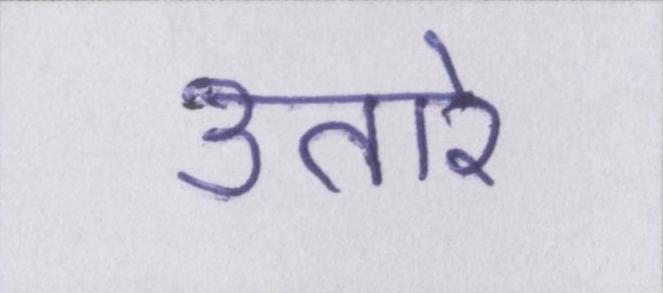
उतारे